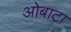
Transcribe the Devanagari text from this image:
ओबाटा